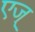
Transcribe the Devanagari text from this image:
एज्